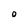
Character: O